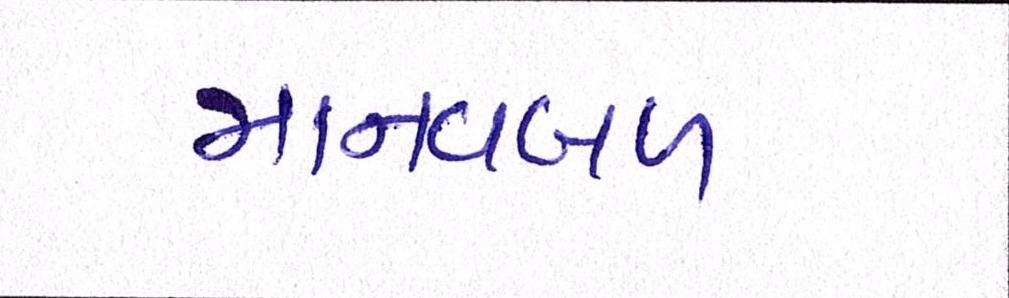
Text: માનવબળ